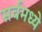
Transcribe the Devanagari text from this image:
सर्वमध्ये